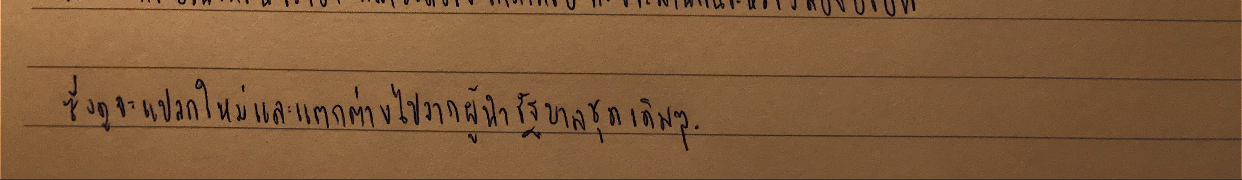
ซึ่งดูจะแปลกใหม่และแตกต่างไปจากผู้นำรัฐบาลชุดเดิมๆ.